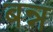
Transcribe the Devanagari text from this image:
बन्न